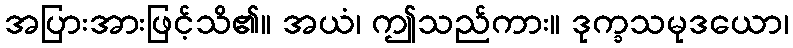
အပြားအားဖြင့်သိ၏။ အယံ၊ ဤသည်ကား။ ဒုက္ခသမုဒယော၊